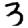
Digit: 3